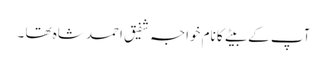
آپ کے بیتے کا نام خواجہ شفیق احمد شاہ تھا ۔